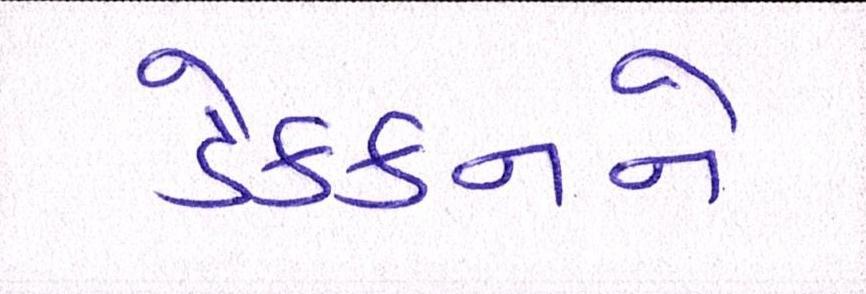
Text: ડેક્કનને